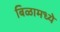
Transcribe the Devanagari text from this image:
बिळामध्ये